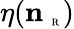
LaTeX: \eta({\mathbf n}_{\mathrm{~\tiny~R~}})